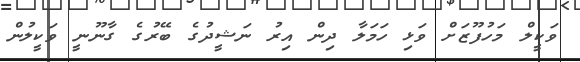
ވަކީލް މަހުފޫޒަށް ވަޅި ހަމަލާ ދިން އިރު ނަޝީދުގެ ބޭރުގެ ގާނޫނީ ވަކީލުން